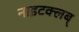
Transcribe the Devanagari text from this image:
नाइटक्लब्